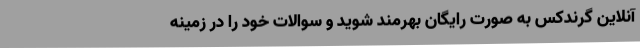
آنلاین گرندکس به صورت رایگان بهرمند شوید و سوالات خود را در زمینه